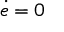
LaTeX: { \dot { e } } = 0